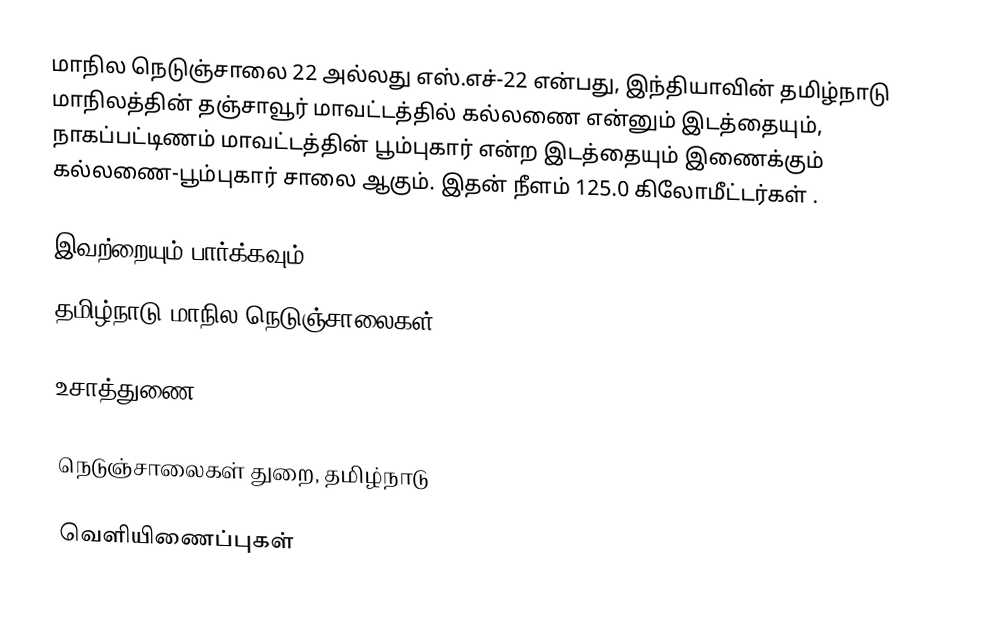
மாநில நெடுஞ்சாலை 22 அல்லது எஸ்.எச்-22 என்பது, இந்தியாவின் தமிழ்நாடு மாநிலத்தின் தஞ்சாவூர் மாவட்டத்தில் கல்லணை என்னும் இடத்தையும், நாகப்பட்டிணம் மாவட்டத்தின் பூம்புகார் என்ற இடத்தையும் இணைக்கும் கல்லணை-பூம்புகார் சாலை ஆகும். இதன் நீளம் 125.0 கிலோமீட்டர்கள் .

இவற்றையும் பார்க்கவும்
 தமிழ்நாடு மாநில நெடுஞ்சாலைகள்

உசாத்துணை

 நெடுஞ்சாலைகள் துறை, தமிழ்நாடு

வெளியிணைப்புகள்